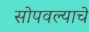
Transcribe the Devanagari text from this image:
सोपवल्याचे